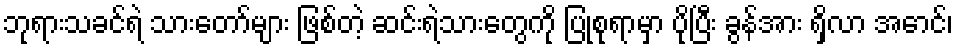
ဘုရားသခင်ရဲ သားတော်များ ဖြစ်တဲ့ ဆင်းရဲသားတွေကို ပြုစုရာမှာ ပိုပြီး ခွန်အား ရှိလာ အောင်၊